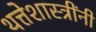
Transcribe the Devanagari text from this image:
थत्तेशास्त्रींनी